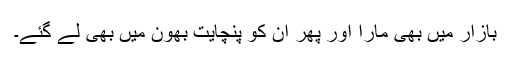
بازار میں بھی مارا اور پھر ان کو پنچایت بھون میں بھی لے گئے۔